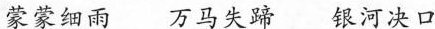
蒙蒙细雨 万马失蹄 银河决口